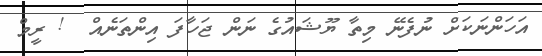
އަހަންނަކަށް ނުފެނޭ މިތާ ޔޫޝައުގެ ނަން ޖަހާފަ އިންތަނެއް  ! ރީމް